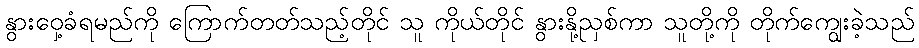
နွားဝှေ့ခံရမည်ကို ကြောက်တတ်သည့်တိုင် သူ ကိုယ်တိုင် နွားနို့ညှစ်ကာ သူတို့ကို တိုက်ကျွေးခဲ့သည်